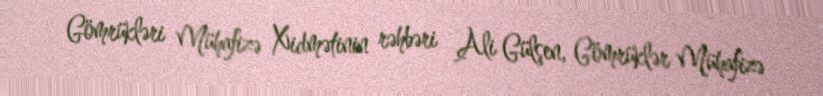
Gömrükləri Mühafizə Xidmətinin rəhbəri Ali Gülşen, Gömrüklər Mühafizə